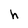
Character: h